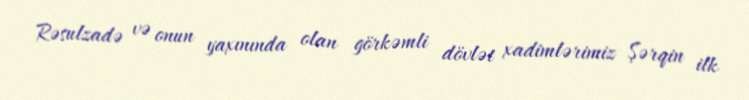
Rəsulzadə və onun yaxınında olan görkəmli dövlət xadimlərimiz Şərqin ilk